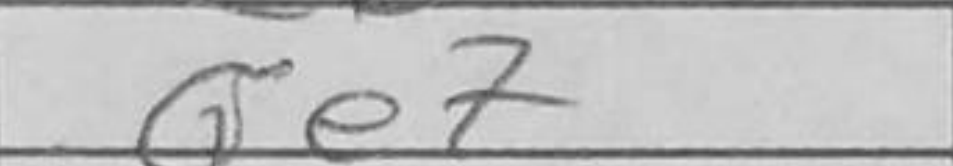
Transcription: Qe7